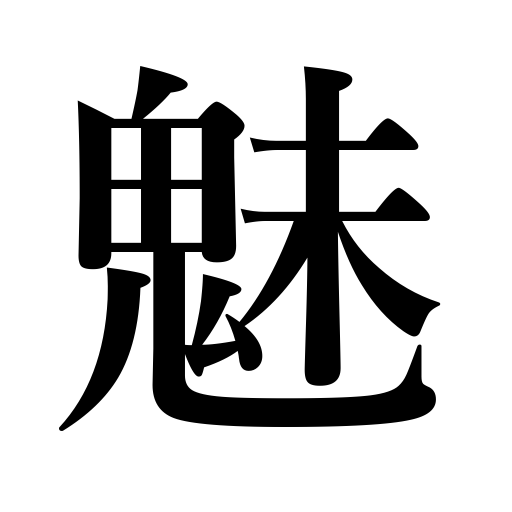
Meanings: fascinate,bewitch,enchant,charm